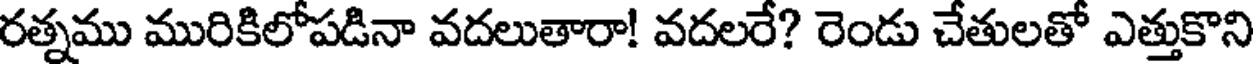
రత్నము మురికిలోపడినా వదలుతారా! వదలరే? రెండు చేతులతో ఎత్తుకొని